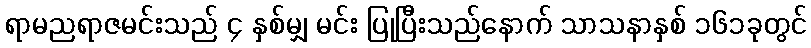
ရာမညရာဇမင်းသည် ၄ နှစ်မျှ မင်း ပြုပြီးသည်နောက် သာသနာနှစ် ၁၆၁ခုတွင်